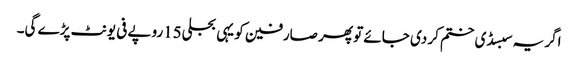
اگر یہ سبسڈی ختم کر دی جائے تو پھر صارفین کو یہی بجلی15روپے فی یونٹ پڑے گی۔